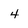
Character: 4